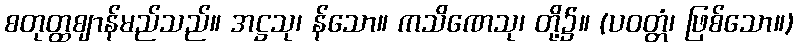
စတုတ္ထဈာန်မည်သည်။ အဋ္ဌသု၊ န်သော။ ကသိဏေသု၊ တို့၌။ (ပဝတ္တံ၊ ဖြစ်သော။)